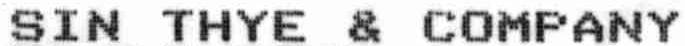
SIN THYE & COMPANY